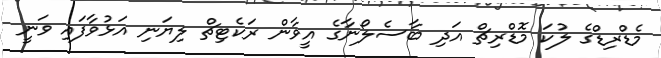
މެޑްރިޑްގެ ލުކަ މޮޑްރިޗް އަދި ބާސެލޯނާގެ އީވާން ރަކެޓިޗް ލިޔަނި އަޅުވާފައި ވަނީ